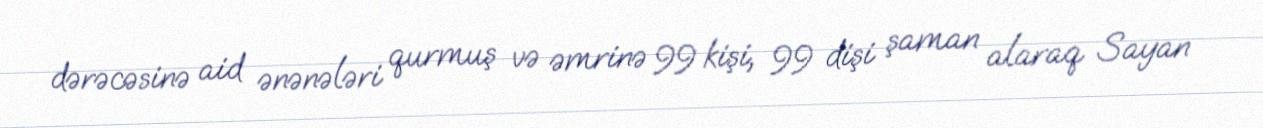
dərəcəsinə aid ənənələri qurmuş və əmrinə 99 kişi, 99 dişi şaman alaraq Sayan